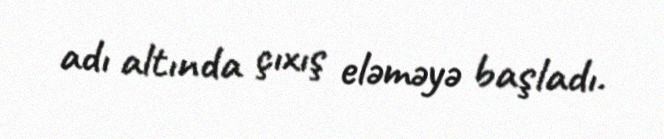
adı altında çıxış eləməyə başladı.